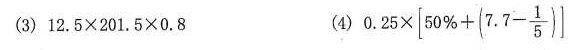
(3)$$1 2 . 5 \times 2 0 1 . 5 \times 0 . 8$$ (4)$$0 . 2 5 \times \left [ 5 0 % + ( 7 . 7 - \frac { 1 } { 5 } ) \right ]$$